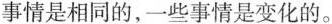
事情是相同的,一些事情是变化的.